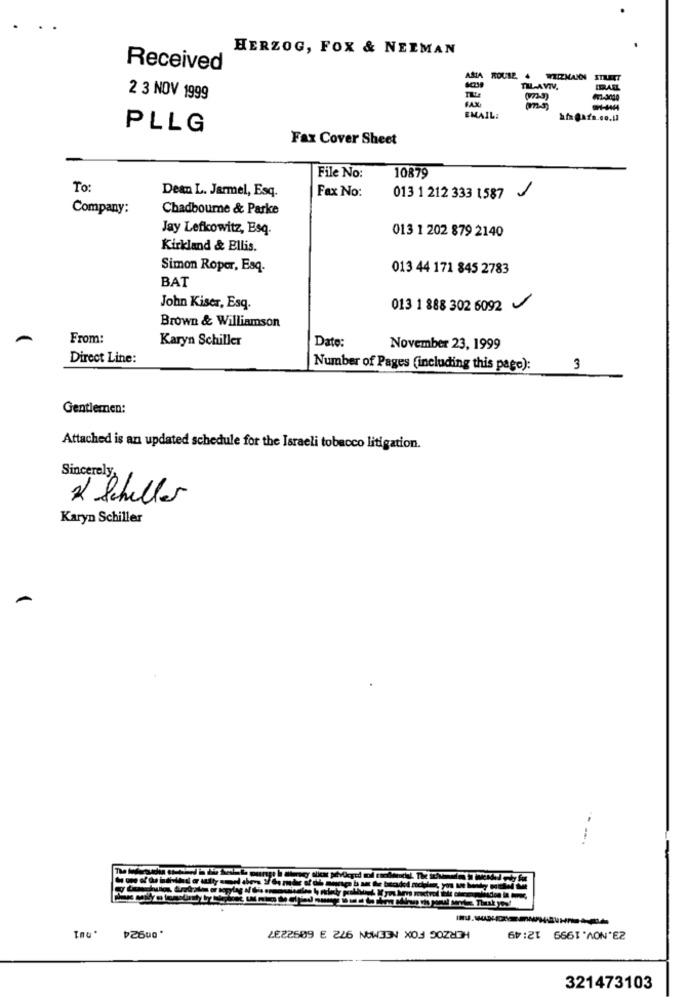
HERZOG, FOX & NEIMAN
Received
AREA
ROUSE. 4
4 WIIZKANN
TIL-AVIV,
2 3 NOV 1999
EMAIL:
PLLG
Fax Cover Sheet
File No:
10879
To:
Dean L. Jarmel, Esq.
Fax No:
013 1 212 333 1587
Company:
Chadbourne & Parke
Jay Lefkowitz, Esq.
013 1 202 879 2140
Kirkland & Ellis.
Simon Roper, Esq.
013 44 171 845 2783
BAT
John Kiser, Esq.
013 1 888 302 6092
Brown & Williamson
From:
Karyn Schiller
Date:
November 23, 1999
Direct Line:
Number of Pages (including this page):
3
Gentlemen:
Attached is an updated schedule for the Israeli tobacco litigation.
Sincerely
2 Schiller
Karyn Schiller
HERZOG FOX NEEMAN 972 3 6092237
23.NOV.1999 12:49
. 00924
321473103